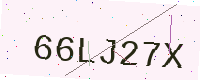
Text: 66LJ27X